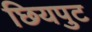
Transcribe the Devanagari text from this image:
छियपुट